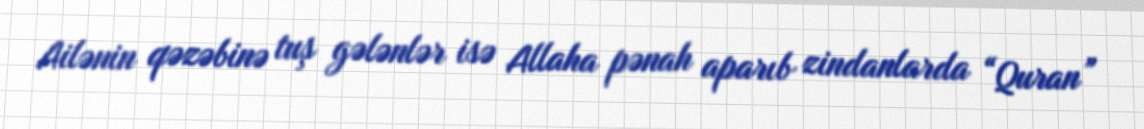
Ailənin qəzəbinə tuş gələnlər isə Allaha pənah aparıb zindanlarda “Quran”